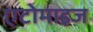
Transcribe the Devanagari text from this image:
एटोमाइज